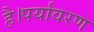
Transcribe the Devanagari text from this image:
है।पर्यावरण